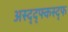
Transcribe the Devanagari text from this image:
अस्द्द्फ्कस्द्फ